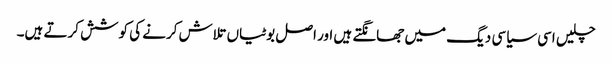
چلیں اسی سیاسی دیگ میں جھانگتے ہیں اور اصل بوٹیاں تلاش کرنے کی کوشش کرتے ہیں۔